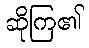
ဆိုကြ၏